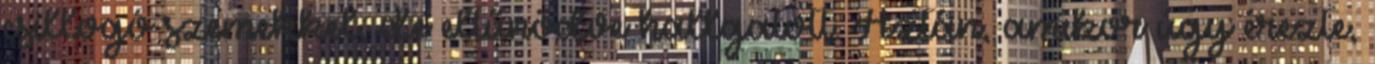
csillo­gó szemekkel, de eltűnődve hallgatott. Aztán, amikor úgy érezte,